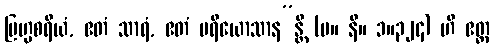
ဗြဟ္မစရိယံ, ဧတံ သာရံ, ဧတံ ပရိယောသာန”န္တိ (မ။ နိ။ ၁။၃၂၄) ဟိ ဧတ္ထ